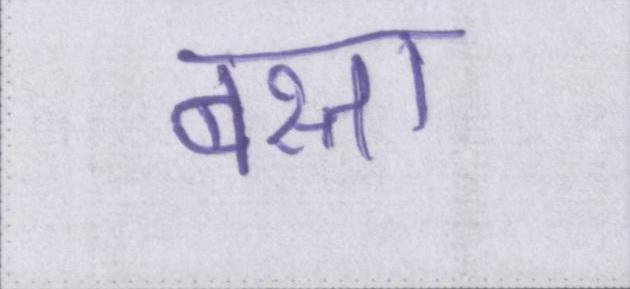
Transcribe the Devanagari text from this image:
बस्ता